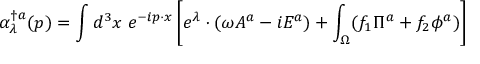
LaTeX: \alpha _ { \lambda } ^ { \dagger a } ( p ) = \int d ^ { 3 } x ~ e ^ { - i p \cdot x } \left[ e ^ { \lambda } \cdot ( \omega A ^ { a } - i E ^ { a } ) + \int _ { \Omega } ( f _ { 1 } \Pi ^ { a } + f _ { 2 } \phi ^ { a } ) \right]